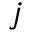
j